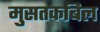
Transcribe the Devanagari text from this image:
मुसतकबिल